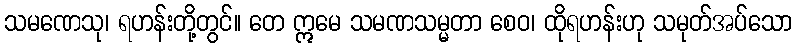
သမဏေသု၊ ရဟန်းတို့တွင်။ တေ ဣမေ သမဏသမ္မတာ စေဝ၊ ထိုရဟန်းဟု သမုတ်အပ်သော